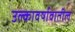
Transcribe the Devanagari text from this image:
उल्कावर्षावातील